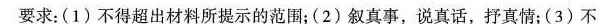
要求：(1)不得超出材料所提示的范围；(2)叙真事，说真话，抒真情；(3)不